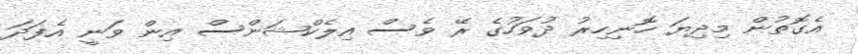
އެގޮތުން މިދިޔަ ހޮނިހިރު ދުވަހުގެ ރޭ ވެސް އިލެކްޝަންސް އިން ވަނީ އެފަދަ